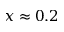
x \approx 0 . 2